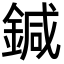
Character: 鍼